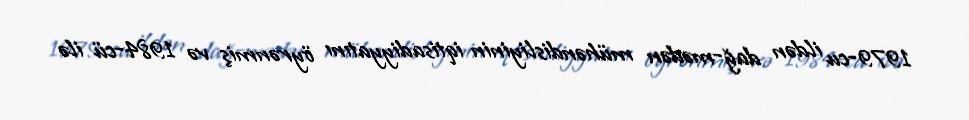
1979-cu ildən dağ-mədən mühəndisliyinin iqtisadiyyatını öyrənmiş və 1984-cü ilə